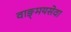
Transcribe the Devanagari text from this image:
वाङ्‌मयसेवा